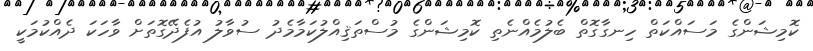
ކޮމިޝަންގެ މަސައްކަތް ހިނގާގޮތް ބެލުމެއްނެތި ކޮމިޝަންގެ މުސްތަޤިއްލުކަމާމެދު ސުވާލު އުފެދޭގޮތަށް ވާހަކަ ދެއްކުމަކީ